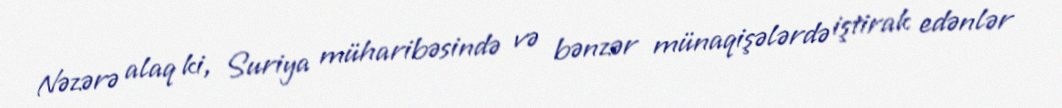
Nəzərə alaq ki, Suriya müharibəsində və bənzər münaqişələrdə iştirak edənlər